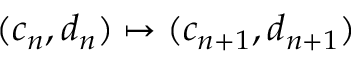
( c _ { n } , d _ { n } ) \mapsto ( c _ { n + 1 } , d _ { n + 1 } )